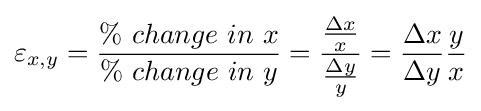
\varepsilon _{x,y}={\frac {\%\ change\ in\ x}{\%\ change\ in\ y}}={\frac {\frac {\Delta x}{x}}{\frac {\Delta y}{y}}}={\frac {\Delta x}{\Delta y}}{\frac {y}{x}}